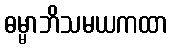
ဓမ္မာဘိသမယကထာ